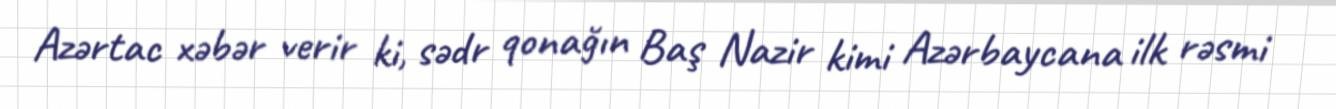
Azərtac xəbər verir ki, sədr qonağın Baş Nazir kimi Azərbaycana ilk rəsmi